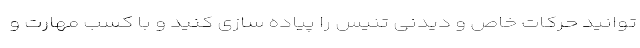
توانید حرکات خاص و دیدنی تنیس را پیاده سازی کنید و با کسب مهارت و